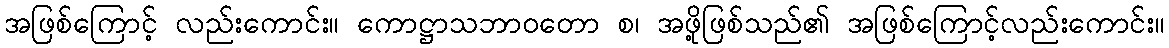
အဖြစ်ကြောင့် လည်းကောင်း။ ကောဋ္ဌာသဘာဝတော စ၊ အဖို့ဖြစ်သည်၏ အဖြစ်ကြောင့်လည်းကောင်း။